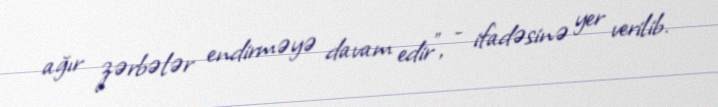
ağır zərbələr endirməyə davam edir", - ifadəsinə yer verilib.